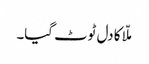
ملّا کا دل ٹوٹ گیا۔